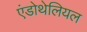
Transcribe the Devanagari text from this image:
एंडोथेलियल